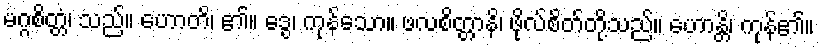
မဂ္ဂစိတ္တံ၊ သည်။ ဟောတိ၊ ၏။ ဒွေ၊ ကုန်သော။ ဖလစိတ္တာနိ၊ ဖိုလ်စိတ်တို့သည်။ ဟောန္တိ၊ ကုန်၏။